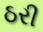
ઠરી